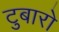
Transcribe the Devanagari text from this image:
टुबारो